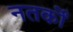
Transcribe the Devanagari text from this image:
नतर्कों